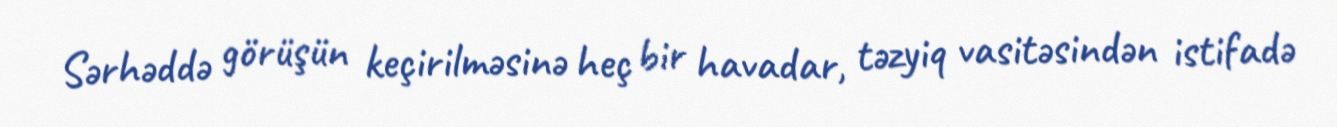
Sərhəddə görüşün keçirilməsinə heç bir havadar, təzyiq vasitəsindən istifadə